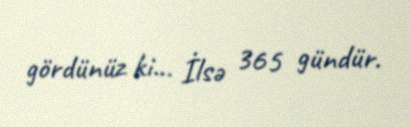
gördünüz ki... İlsə 365 gündür.